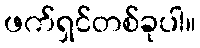
ဖက်ရှင်တစ်ခုပါ။